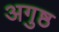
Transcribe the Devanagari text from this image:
अगुष्ठ